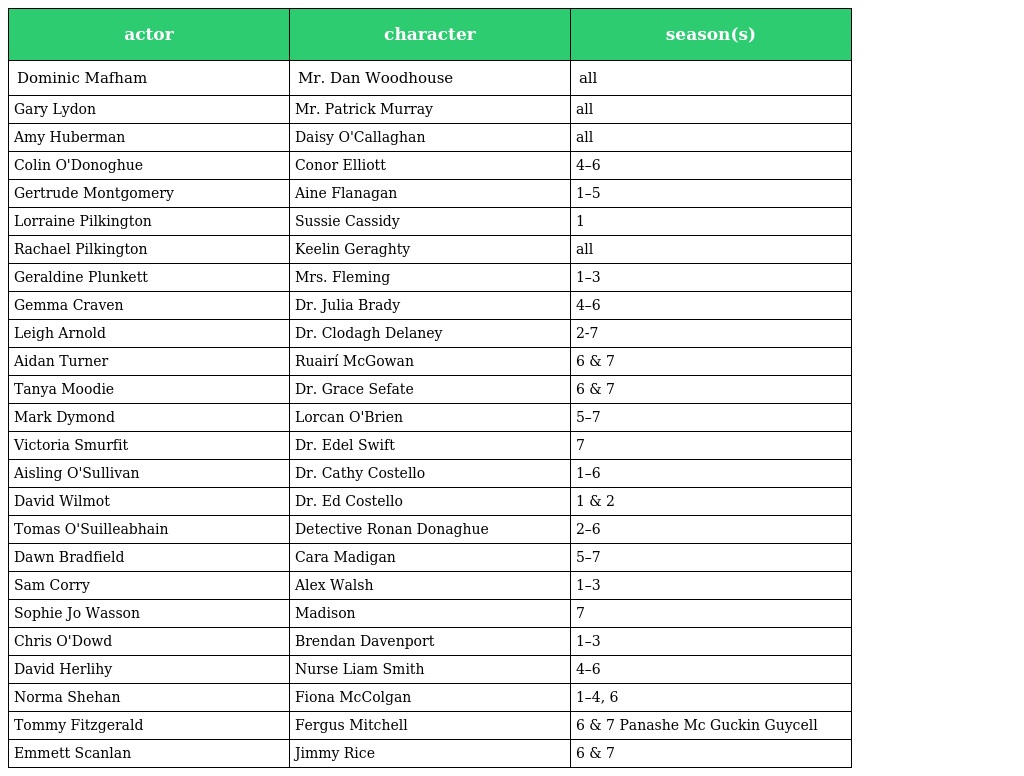
| actor | character | season(s) |
 | --- | --- | --- |
 | Dominic Mafham | Mr. Dan Woodhouse | all |
 | Gary Lydon | Mr. Patrick Murray | all |
 | Amy Huberman | Daisy O'Callaghan | all |
 | Colin O'Donoghue | Conor Elliott | 4–6 |
 | Gertrude Montgomery | Aine Flanagan | 1–5 |
 | Lorraine Pilkington | Sussie Cassidy | 1 |
 | Rachael Pilkington | Keelin Geraghty | all |
 | Geraldine Plunkett | Mrs. Fleming | 1–3 |
 | Gemma Craven | Dr. Julia Brady | 4–6 |
 | Leigh Arnold | Dr. Clodagh Delaney | 2-7 |
 | Aidan Turner | Ruairí McGowan | 6 & 7 |
 | Tanya Moodie | Dr. Grace Sefate | 6 & 7 |
 | Mark Dymond | Lorcan O'Brien | 5–7 |
 | Victoria Smurfit | Dr. Edel Swift | 7 |
 | Aisling O'Sullivan | Dr. Cathy Costello | 1–6 |
 | David Wilmot | Dr. Ed Costello | 1 & 2 |
 | Tomas O'Suilleabhain | Detective Ronan Donaghue | 2–6 |
 | Dawn Bradfield | Cara Madigan | 5–7 |
 | Sam Corry | Alex Walsh | 1–3 |
 | Sophie Jo Wasson | Madison | 7 |
 | Chris O'Dowd | Brendan Davenport | 1–3 |
 | David Herlihy | Nurse Liam Smith | 4–6 |
 | Norma Shehan | Fiona McColgan | 1–4, 6 |
 | Tommy Fitzgerald | Fergus Mitchell | 6 & 7 Panashe Mc Guckin Guycell |
 | Emmett Scanlan | Jimmy Rice | 6 & 7 |